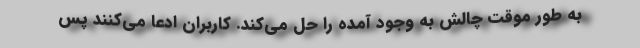
به طور موقت چالش به وجود آمده را حل می‌کند. کاربران ادعا می‌کنند پس